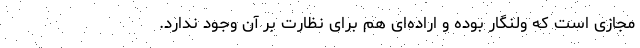
مجازی است که ولنگار بوده و اراده‌ای هم برای نظارت بر آن وجود ندارد.